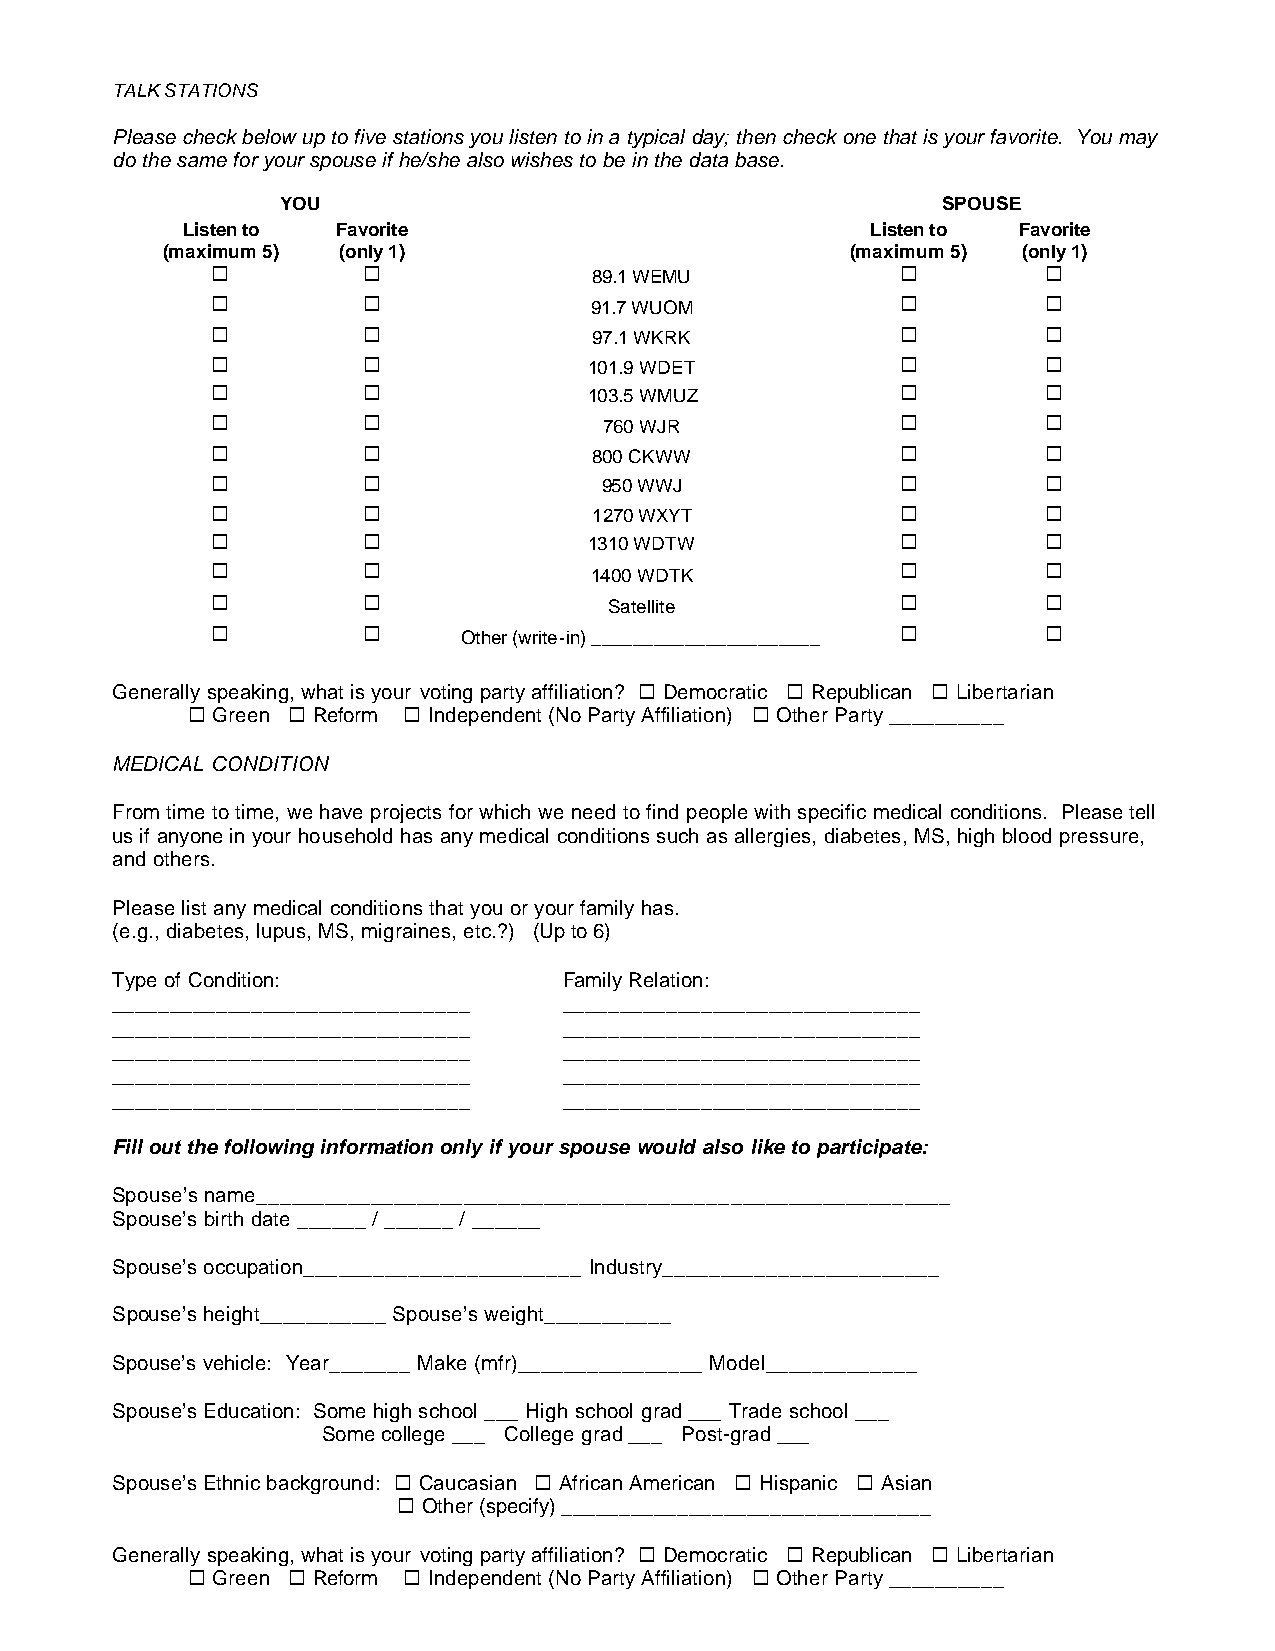
TALK STATIONS
 Please check below up to five stations you listen to in a typical day; then check one that is your favorite. You may
 do the same for your spouse if he/she also wishes to be in the data base.
 YOU                                        SPOUSE
 Listen to Favorite                            Listen to Favorite
 (maximum 5) (only 1)                         (maximum 5) (only 1)
 ¤         ¤              89.1 WEMU            ¤        ¤
 ¤         ¤              91.7 WUOM            ¤        ¤
 ¤         ¤              97.1 WKRK            ¤        ¤
 ¤         ¤              101.9 WDET           ¤        ¤
 ¤         ¤              103.5 WMUZ           ¤        ¤
 ¤         ¤               760 WJR             ¤        ¤
 ¤         ¤              800 CKWW             ¤        ¤
 ¤         ¤               950 WWJ             ¤        ¤
 ¤         ¤              1270 WXYT            ¤        ¤
 ¤         ¤              1310 WDTW            ¤        ¤
 ¤         ¤              1400 WDTK            ¤        ¤
 ¤         ¤               Satellite           ¤        ¤
 ¤         ¤      Other (write-in) ______________________ ¤ ¤
 Generally speaking, what is your voting party affiliation? ¤ Democratic ¤ Republican ¤ Libertarian
 ¤ Green ¤ Reform ¤ Independent (No Party Affiliation) ¤ Other Party __________
 MEDICAL CONDITION
 From time to time, we have projects for which we need to find people with specific medical conditions. Please tell
 us if anyone in your household has any medical conditions such as allergies, diabetes, MS, high blood pressure,
 and others.
 Please list any medical conditions that you or your family has.
 (e.g., diabetes, lupus, MS, migraines, etc.?) (Up to 6)
 Type of Condition:            Family Relation:
 _______________________________ _______________________________
 _______________________________ _______________________________
 _______________________________ _______________________________
 _______________________________ _______________________________
 _______________________________ _______________________________
 Fill out the following information only if your spouse would also like to participate:
 Spouse’s name____________________________________________________________
 Spouse’s birth date ______ / ______ / ______
 Spouse’s occupation________________________ Industry________________________
 Spouse’s height___________ Spouse’s weight___________
 Spouse’s vehicle: Year_______ Make (mfr)________________ Model_____________
 Spouse’s Education: Some high school ___ High school grad ___ Trade school ___
 Some college ___ College grad ___ Post-grad ___
 Spouse’s Ethnic background: ¤ Caucasian ¤ African American ¤ Hispanic ¤ Asian
 ¤ Other (specify) ________________________________
 Generally speaking, what is your voting party affiliation? ¤ Democratic ¤ Republican ¤ Libertarian
 ¤ Green ¤ Reform ¤ Independent (No Party Affiliation) ¤ Other Party __________